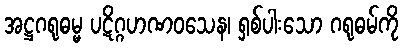
အဋ္ဌဂရုဓမ္မ ပဋိဂ္ဂဟဏဝသေန၊ ရှစ်ပါးသော ဂရုဓမ်ကို